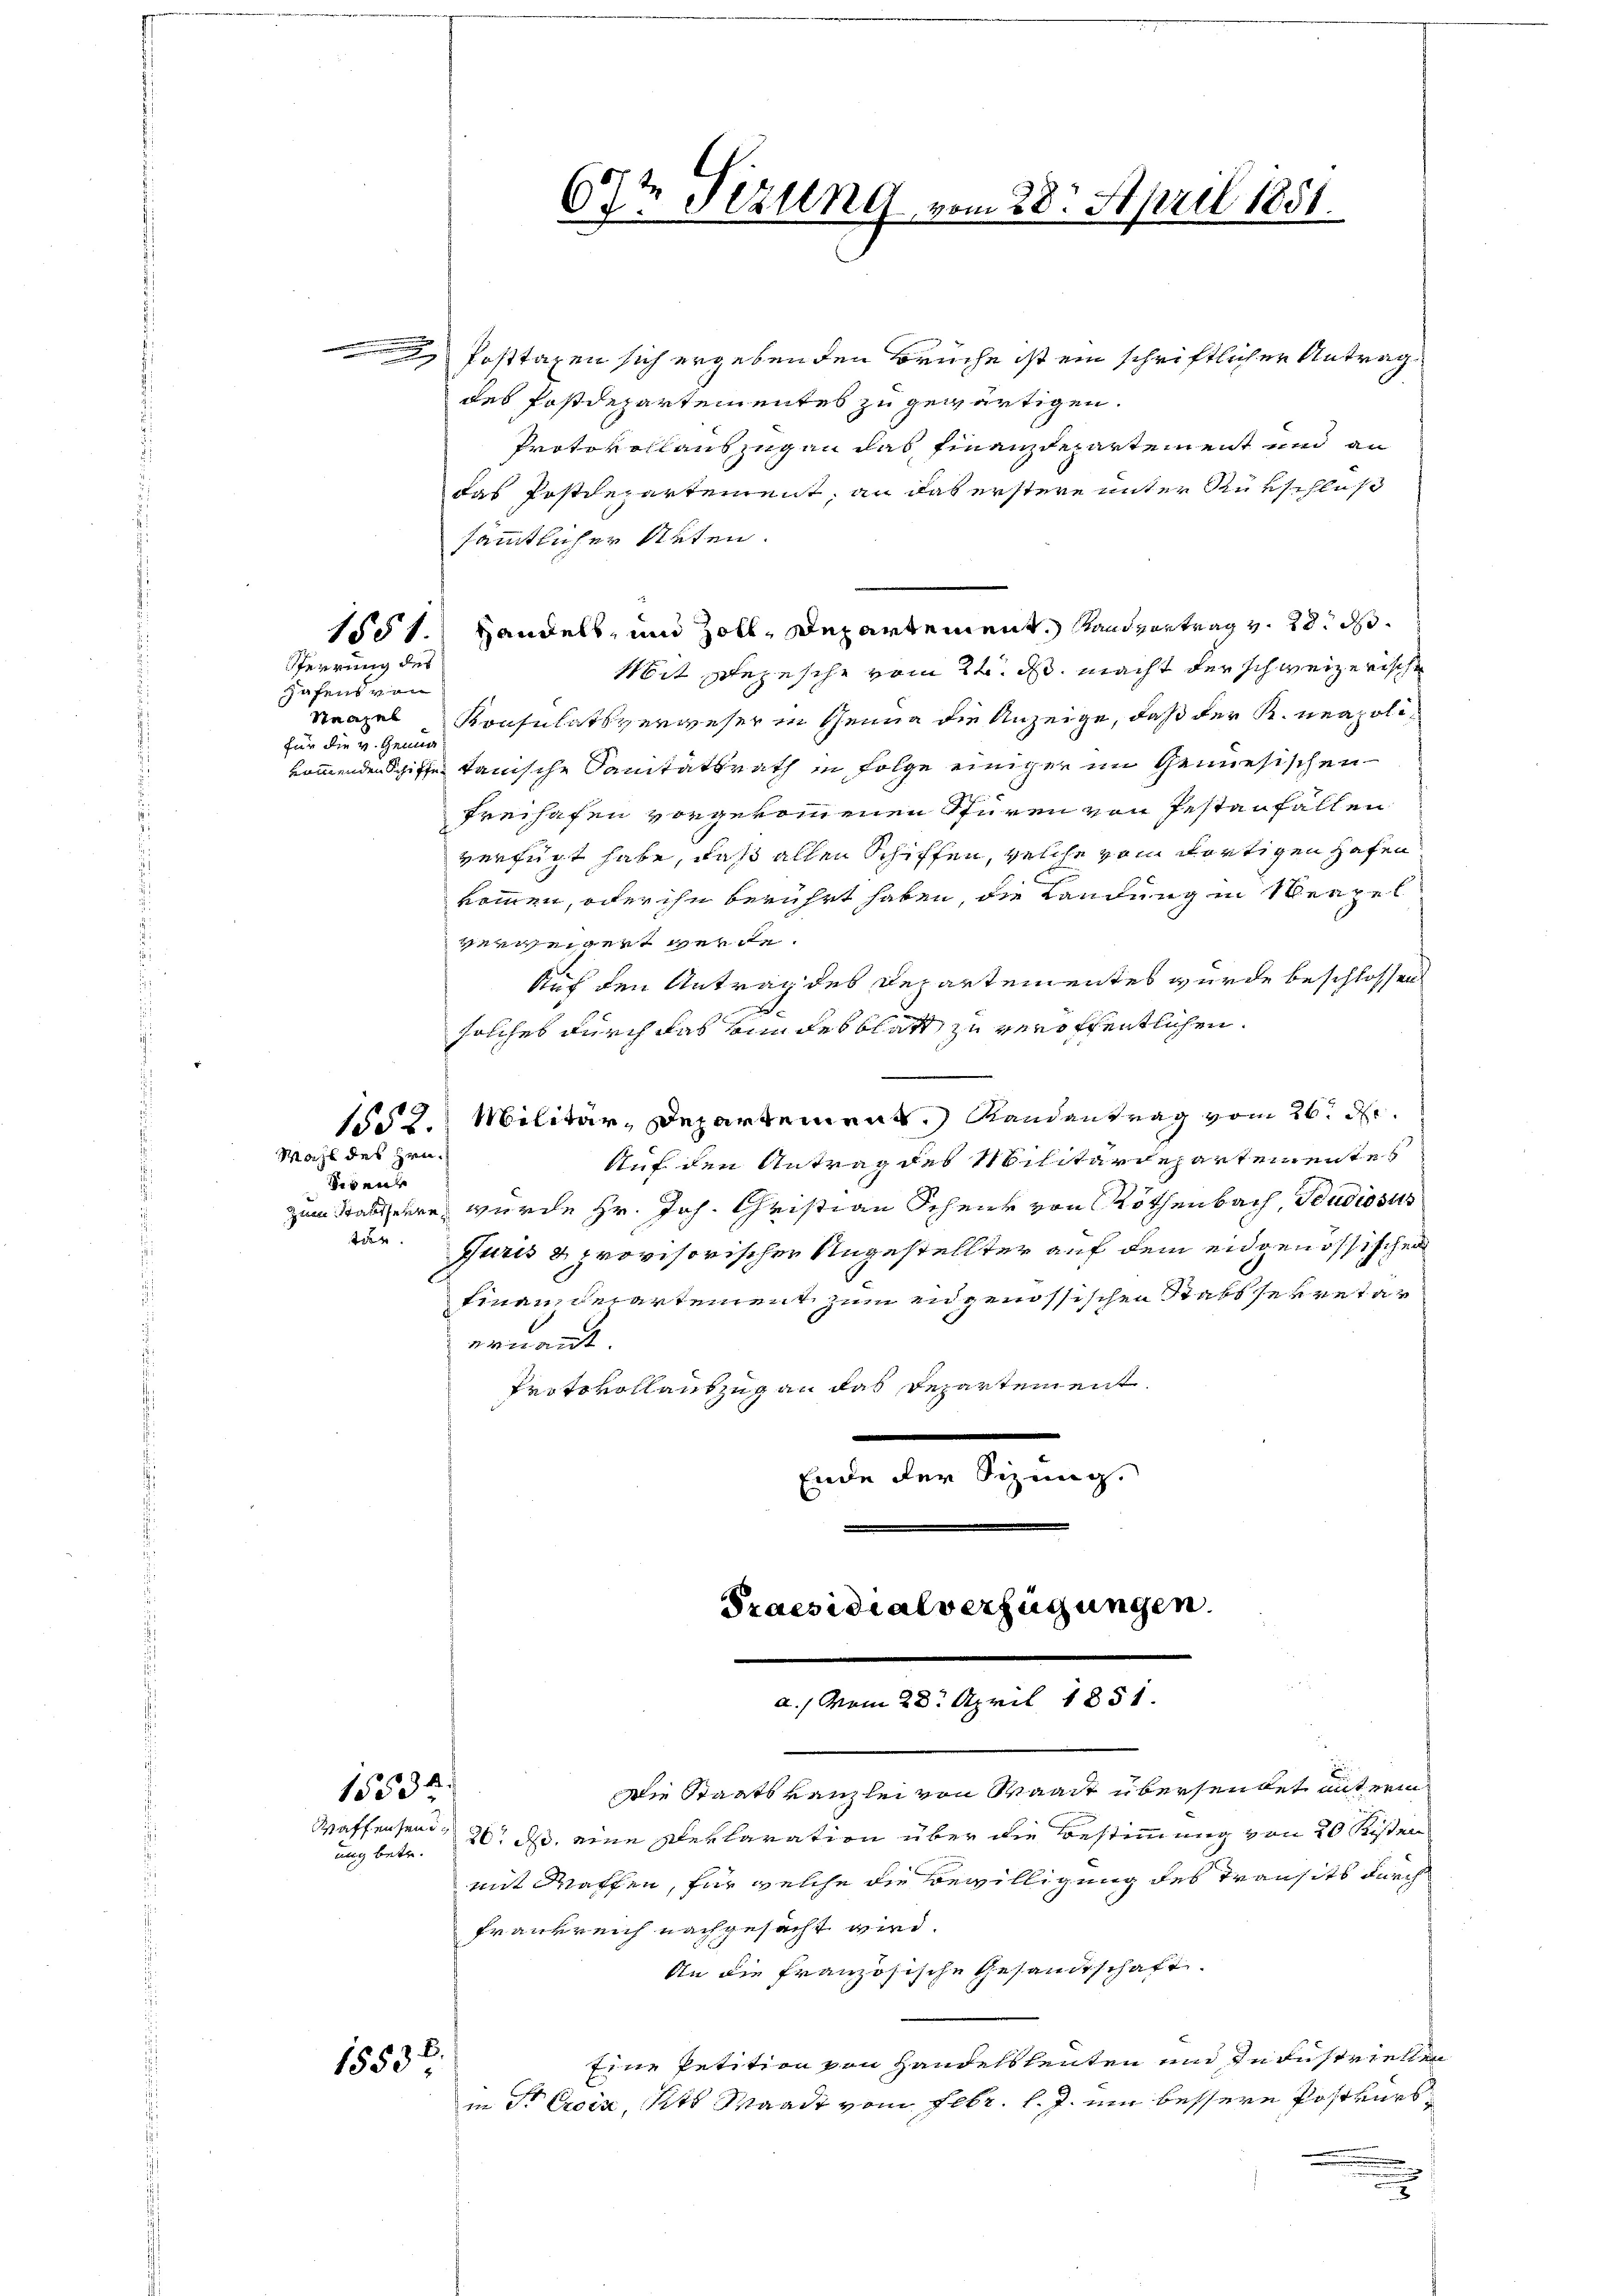
2 Posttaxen sich ergebenden Brüche ist ein schriftlicher Antrag
des Postdepartementes zu gewärtigen.
Protokollauszug an das Finanzdepartement und an
das Postdepartement, an das erstere unter Rükschluß
sämmtlicher Arten.
1551. Handels, und Zoll, Departement, Landvertrag v. 28. d.
Mit Depesche vom 24. d. macht der schweizerische
Konsulatsverweser in Genua die Anzeige, daß der K. neapolikommenden Schiffe tanische Sanitätsrath in Folge einiger im Genesischen
Freihafen vorgekommenen Stüren von Pestanfallen
verfügt habe, daß allen Schiffen, welche vom dortigen Hafen
kommen, oder ihn berührt haben, die Kandung in Neapel
verweigert werde.
Auf den Antrag des Departementes wurde beschlossen
solches durch das von des blatt zu veröffentlichen.
1552. Militär, Departement.) Randantrag vom 26. d.
Wahl des Hrn.
Auf den Antrag des Militärdepartementes
siden
zum Standere wurde Hr. Joh. Christian Scheur von Röthenbach, Studiosus
tar.
Juris u provisorischen Angestellter auf dem eidgenössischen
Finanzdepartement zum engenössischen Stabsser retar
ernannt
Protokollantzug an das Departement.
.
Ende der Sizung.

Perrung des
Hafens von
Steazel
für die v. Genug

e

1553 x

ung betr.

18538.

67t Sizung vom 28. April 1851.

Praesidialverfügungen.
a./ vom 28. April 1851.

Die Staatskanzlei von Waadt übersendet unterm
Waffensend 26. d. eine Deklaration über die Bestimmung von 20 Kisten
mit Waffen, für welche die Bewilligung des Transits durch
Frankreich nachgesucht wird.
An die französische Gesandtschaft.
Eine Petition von Handelsleuten und zu Fustriellen
in Dr Croix, Kts Waadt vom Febr. l. J. ein bessere Postkurs¬

d